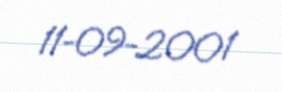
11-09-2001